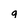
Character: q